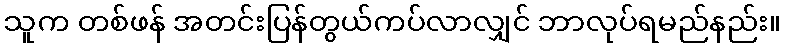
သူက တစ်ဖန် အတင်းပြန်တွယ်ကပ်လာလျှင် ဘာလုပ်ရမည်နည်း။